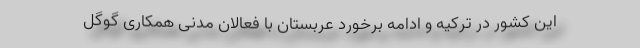
این کشور در ترکیه و ادامه برخورد عربستان با فعالان مدنی همکاری گوگل